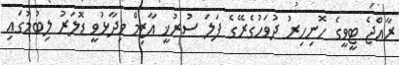
ރާއްޖެ ޓީވީގެ ހޮނިހިރު ދުވަހުގެރޭގެ ފަލަ ސުރުޚީ އާޒިމް ވިދާޅުވީ ޑޮލަރު ލިބުމުގައި